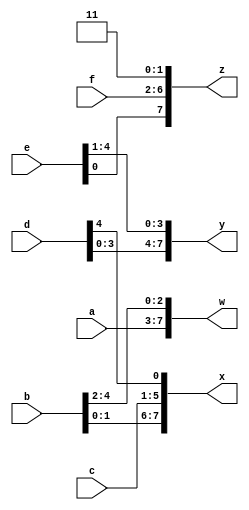
module top_module (
    input [4:0] a, b, c, d, e, f,
    output [7:0] w, x, y, z
);

wire [31:0] concat;
assign concat = {a, b, c, d, e, f, 2'b11};
assign w = concat[31:24];
assign x = concat[23:16];
assign y = concat[15:8];
assign z = concat[7:0];

endmodule